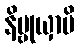
နိဗ္ဗုယှာမိ